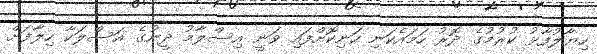
ހިޔާލުފާޅު ކުރުމުގެ ދޮރު ހަމައެކަނި ހަނިކޮށްފައި ވަނީ އިސްލާމު ދީނުގެ އަސްލަކާ ހިލާފަށް